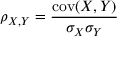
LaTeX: \rho _ { X , Y } = { \frac { \operatorname { c o v } ( X , Y ) } { \sigma _ { X } \sigma _ { Y } } }